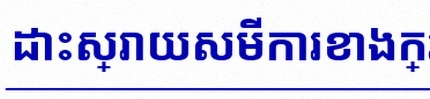
ដោះស្រាយសមីការខាងក្រោម